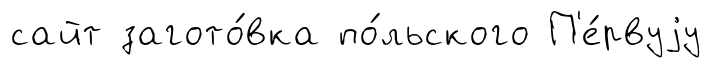
сайт загото́вка по́льского П'е́рвуjу